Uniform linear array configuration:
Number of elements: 24
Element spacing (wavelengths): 0.25
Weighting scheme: hamming
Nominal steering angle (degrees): -30
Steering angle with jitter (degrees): -28.799
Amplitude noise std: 0.05
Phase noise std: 0.05

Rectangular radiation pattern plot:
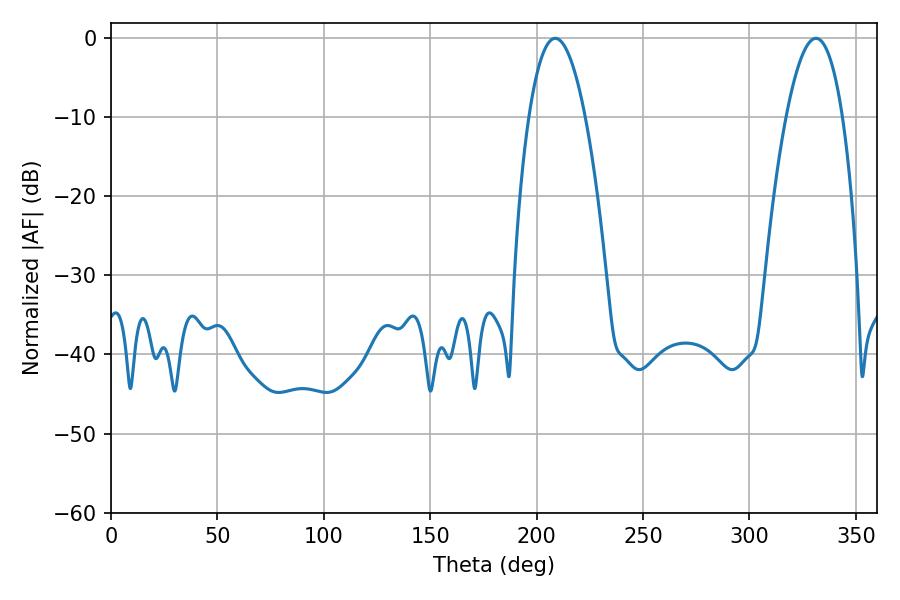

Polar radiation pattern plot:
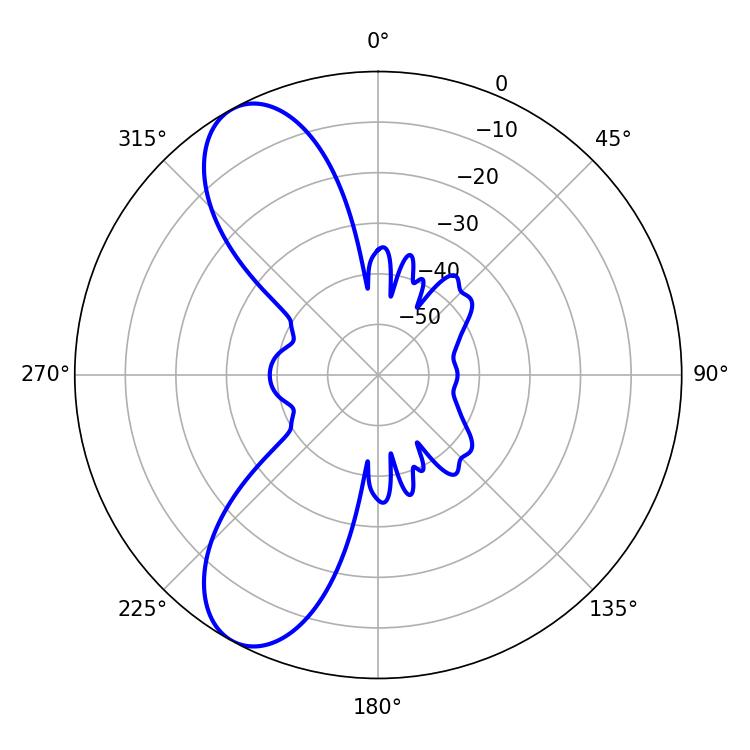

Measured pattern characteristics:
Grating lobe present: FALSE
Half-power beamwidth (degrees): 14.76
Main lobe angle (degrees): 208.8